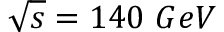
\sqrt { s } = 1 4 0 ~ G e V